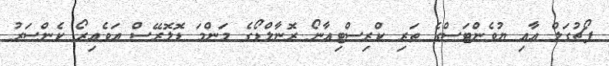
ޕޯޗުގަލް އާއި ޔުވެންޓަސްގެ ތަރި ކްރިސްޓިއާނޯ ރޮނާލްޑޯގެ މަންމަ ޑޮލޮރޭސް އަވެއިރޯ ކެންސަރު